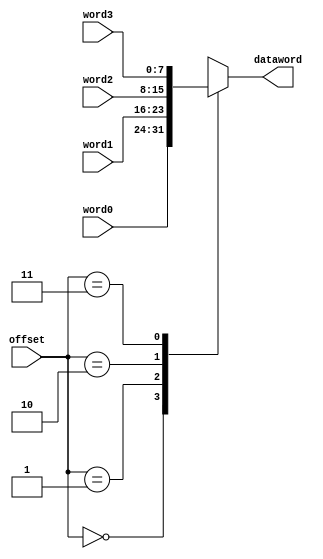
//E/16/078
//mux to select data word from data words, according to the offset

 `timescale  1ns/100ps

module mux_get_dataword (word0, word1, word2, word3, offset, dataword);

	//port declaration
	input [7:0]word0;
	input [7:0]word1;
	input [7:0]word2;
	input [7:0]word3;
	input [1:0]offset;
	
	output reg [7:0]dataword;
	
	always @ (word0, word1, word2, word3, offset)
	begin
	
		#1 //data word selection delay 
		
		case(offset)			
			2'b00: dataword = word0;
			2'b01: dataword = word1;
			2'b10: dataword = word2;
			2'b11: dataword = word3;		
		endcase
	end
	
endmodule